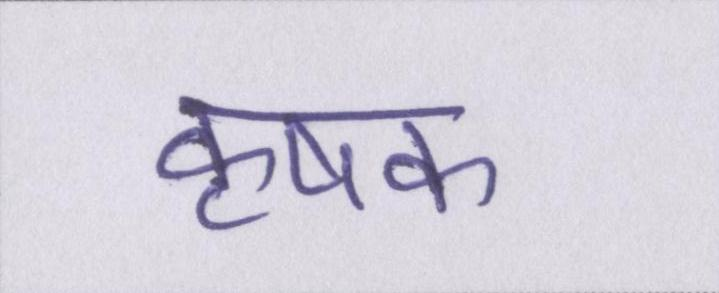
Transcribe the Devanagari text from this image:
कृषक